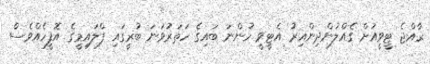
ރާއްޖެ ޓީވީއަށް ގެއްލުންދިންއިރު އެޓީވީ ހުންނަ ބައިގެ ހަތަރުވަނަ ބުރީގައި ފްލައިމީގެ އޮފީހެއްވެސް